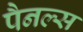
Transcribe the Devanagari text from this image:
पैनल्स